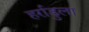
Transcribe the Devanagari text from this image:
हर्राडुला